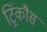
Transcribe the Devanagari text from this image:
ट्रिंकौस